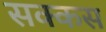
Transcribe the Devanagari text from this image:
सक्कस